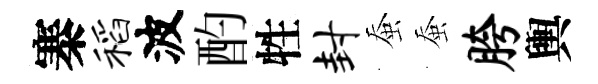
寨稻波酌牲封蚕蚕胯輿